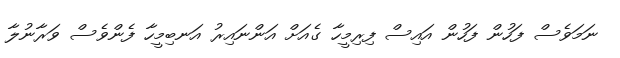
ނަމަވެސް ފަހުން ފަހުން އައިސް ފިރިމީހާ ގެއަށް އަންނައިރު އަނބިމީހާ ފެންވެސް ވަރާނުލާ